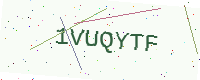
Text: 1VUQYTF